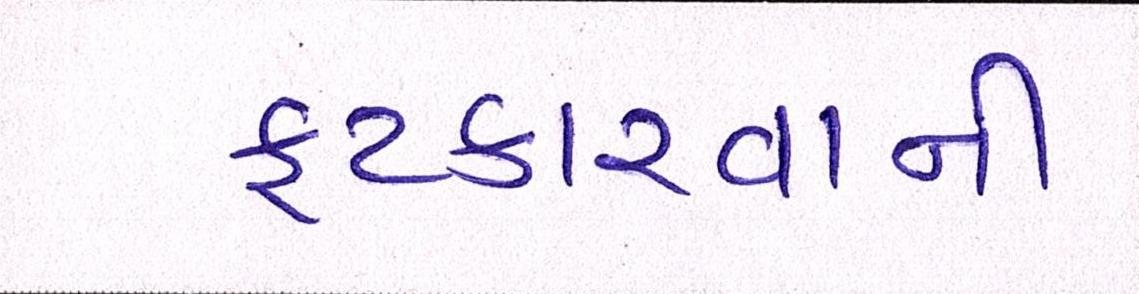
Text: ફટકારવાની